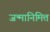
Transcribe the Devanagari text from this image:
जन्मानिमित्त